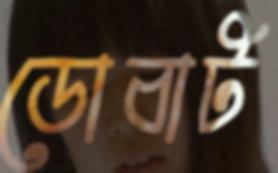
ডোবাট